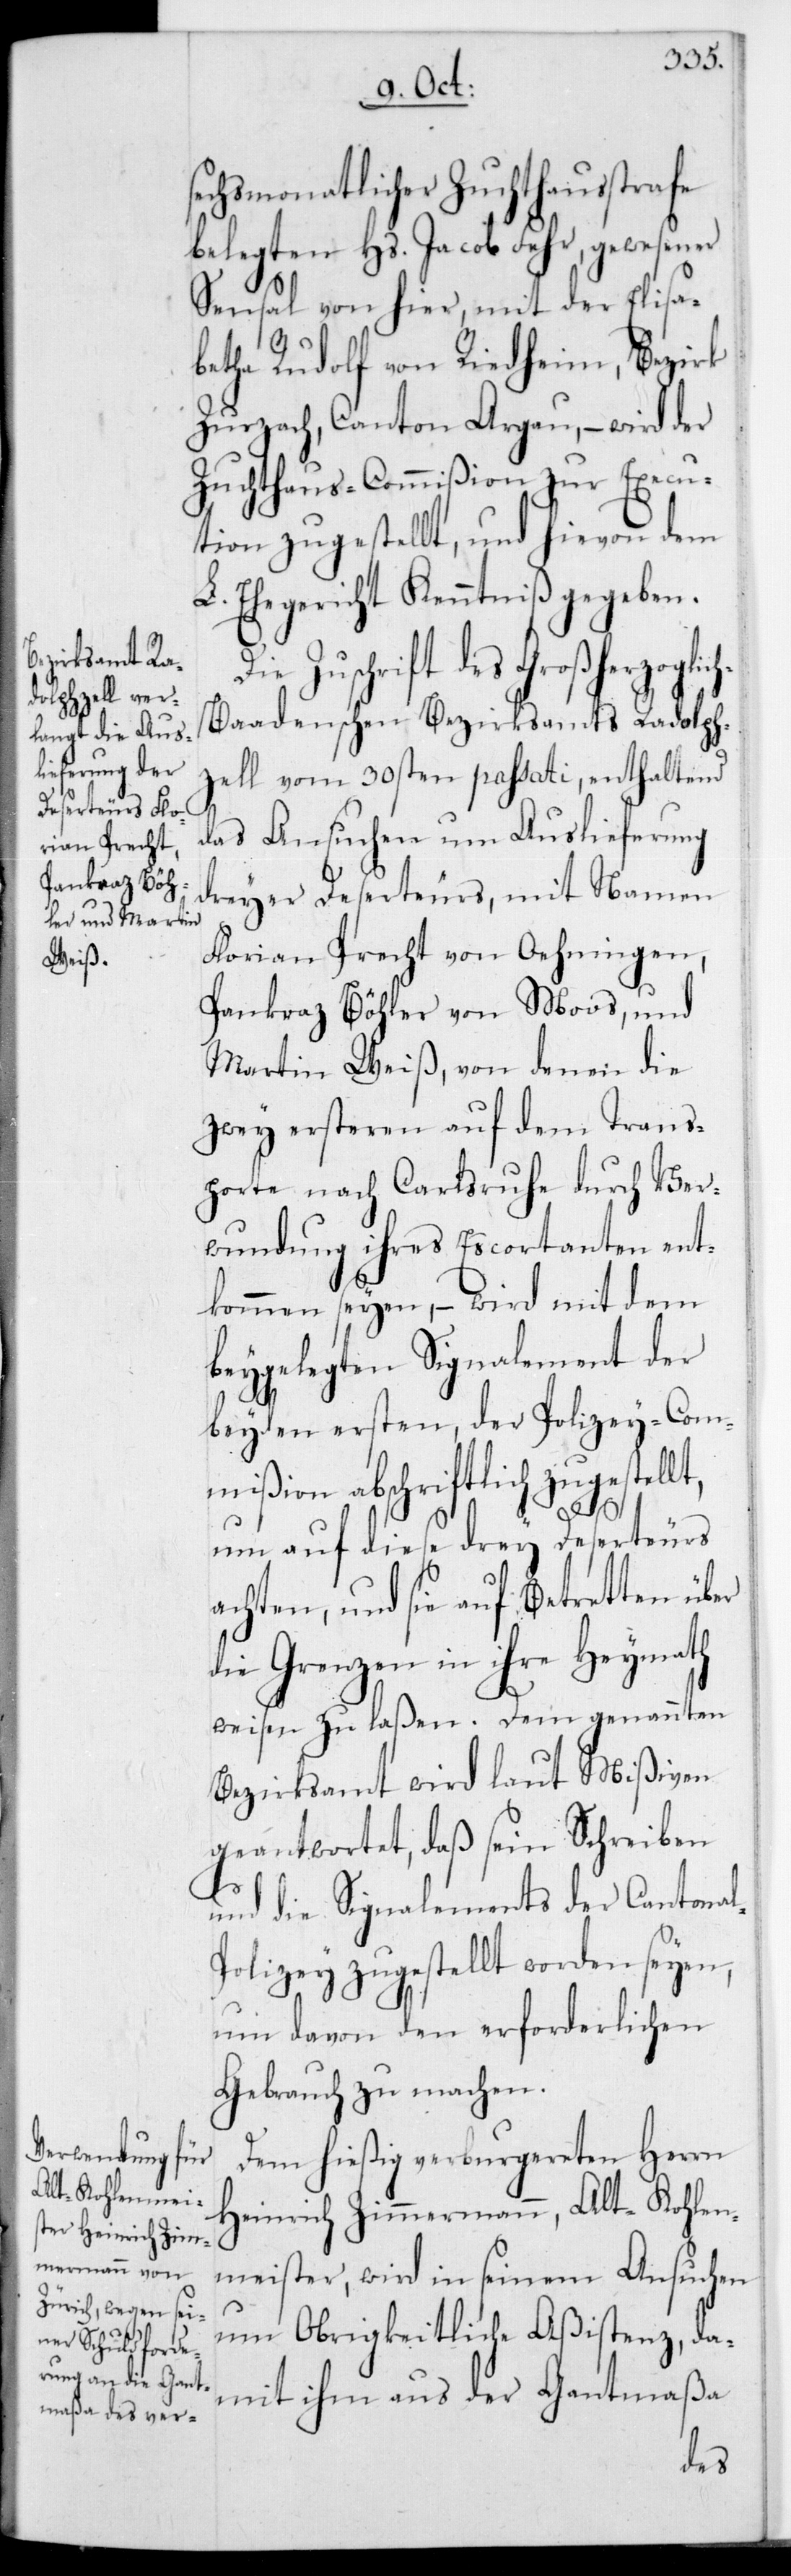
sechsmonatlicher Zuchthausstrafe
belegten Hs. Jacob Fehr, gewesener
Sensal von hier, mit der Elisa¬
betha Rudolf von Riedheim, Bezirk
Zurzach, Canton Argau, – wird der
Zuchthaus-Commißion zur Execu¬
tion zugestellt, und hievon dem
L. Ehegericht Kenntniß gegeben.
Die Zuschrift des Großherzoglic¬
h-Baadenschen Bezirksammts Radolsch¬
zell vom 30sten passati, enthaltend
das Ansuchen um Auslieferung
dreyer Deserteurs, mit Namen
Florian Precht von Oehningen,
Pankraz Böhler von Moos, und
Martin Weiß, von denen die
zwey ersteren auf dem Trans¬
porte nach Carlsruhe durch Ver¬
wundung ihres Escortarten ent¬
kommen seyen, – wird mit dem
beygelegten Signalement der
beyden ersten, der Polizey-Com¬
mißion abschriftlich zugestell¬
um auf diese drey Deserteurs
achten, und sie auf Betretten über
die Grenzen in ihre Heymath
weisen zu laßen. Dem genannten
Bezirksamt wird laut Mißiven
geantwortet, daß sein Schreiben
l-P¬
und die Signalements der Cantona¬
olizey zugestellt worden seyen,
um davon den erforderlichen
Gebrauch zu machen.
Dem hießig verburgereten Herrn
Heinrich Zimmermann, Alt-Kohlen¬
meister, wird in seinem Ansuchen
um Obrigkeitliche Aßistenz, da¬
mit ihm aus der Gantmaßa